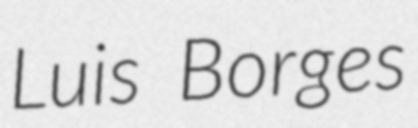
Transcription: Luis Borges